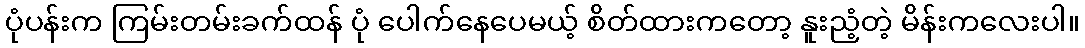
ပုံပန်းက ကြမ်းတမ်းခက်ထန် ပုံ ပေါက်နေပေမယ့် စိတ်ထားကတော့ နူးညံ့တဲ့ မိန်းကလေးပါ။